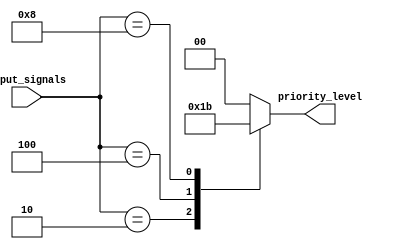
module priority_encoder (
  input [3:0] input_signals,
  output reg [1:0] priority_level
);

always @(*) begin
  case(input_signals)
    4'b0001: priority_level = 2'b00; // Highest priority
    4'b0010: priority_level = 2'b01;
    4'b0100: priority_level = 2'b10;
    4'b1000: priority_level = 2'b11; // Lowest priority
    default: priority_level = 2'b00;
  endcase
end

endmodule